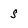
Character: s